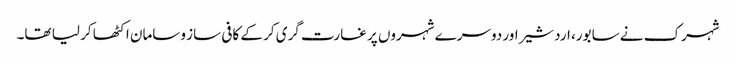
شہرک نے سابور، اردشیراور دوسرے شہروں پر غارت گری کر کے کافی ساز وسامان اکٹھا کر لیا تھا۔